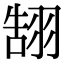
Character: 䎋